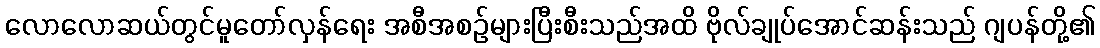
လောလောဆယ်တွင်မူတော်လှန်ရေး အစီအစဉ်များပြီးစီးသည်အထိ ဗိုလ်ချုပ်အောင်ဆန်းသည် ဂျပန်တို့၏